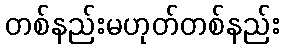
တစ်နည်းမဟုတ်တစ်နည်း